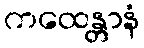
ကထေန္တာနံ